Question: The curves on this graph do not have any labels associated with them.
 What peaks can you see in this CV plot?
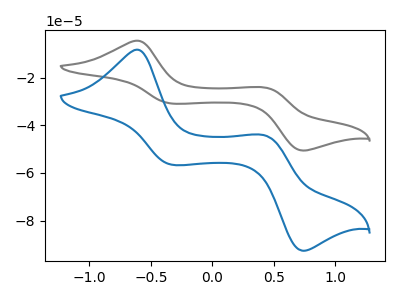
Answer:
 <answer>The gray curve "gray" has anodic peaks at (-0.60V, -4.55uA) (0.45V, -24.20uA) and cathodic peaks at (-0.35V, -30.90uA) (0.75V, -50.60uA). The blue curve "blue" has anodic peaks at (-0.60V, -8.30uA) (0.45V, -44.25uA) and cathodic peaks at (-0.35V, -56.55uA) (0.75V, -92.65uA).</answer>
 <eval></eval>